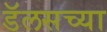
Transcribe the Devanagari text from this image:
डॅलसच्या